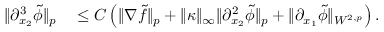
\begin{array} { r l } { \| \partial _ { x _ { 2 } } ^ { 3 } \tilde { \phi } \| _ { p } } & { { } \leq C \left( \| \nabla \tilde { f } \| _ { p } + \| \kappa \| _ { \infty } \| \partial _ { x _ { 2 } } ^ { 2 } \tilde { \phi } \| _ { p } + \| \partial _ { x _ { 1 } } \tilde { \phi } \| _ { W ^ { 2 , p } } \right) . } \end{array}